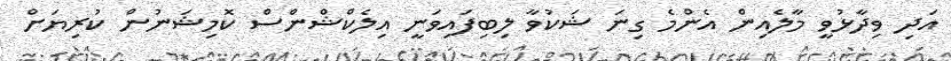
އަދި ވިދާޅުވީ މާލެއިން އެންމެ ގިނަ ޝަކުވާ ލިބިފައިވަނީ އިލެކްޝްންސް ކޮމިޝަނުން ކުރިޔަށް